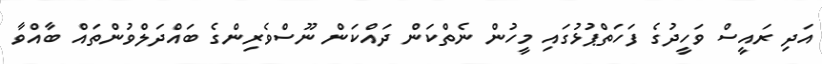
އަދި ރައީސް ވަހީދުގެ ފަހަތްޕުޅުގައި މީހުން ނެތްކަން ދައްކަން ނޫސްވެރިންގެ ބައްދަލްވުންތައް ބާއްވާ